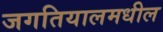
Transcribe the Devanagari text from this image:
जगतियालमधील